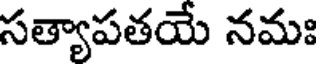
సత్యాపతయే నమః